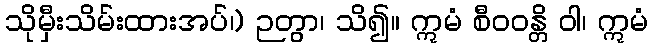
သိုမှီးသိမ်းထားအပ်၊) ဉတွာ၊ သိ၍။ ဣမံ စီဝဝန္တိ ဝါ၊ ဣမံ